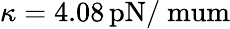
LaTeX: \kappa=4.08\, \mathrm{{pN/\ mum}}